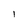
Character: l